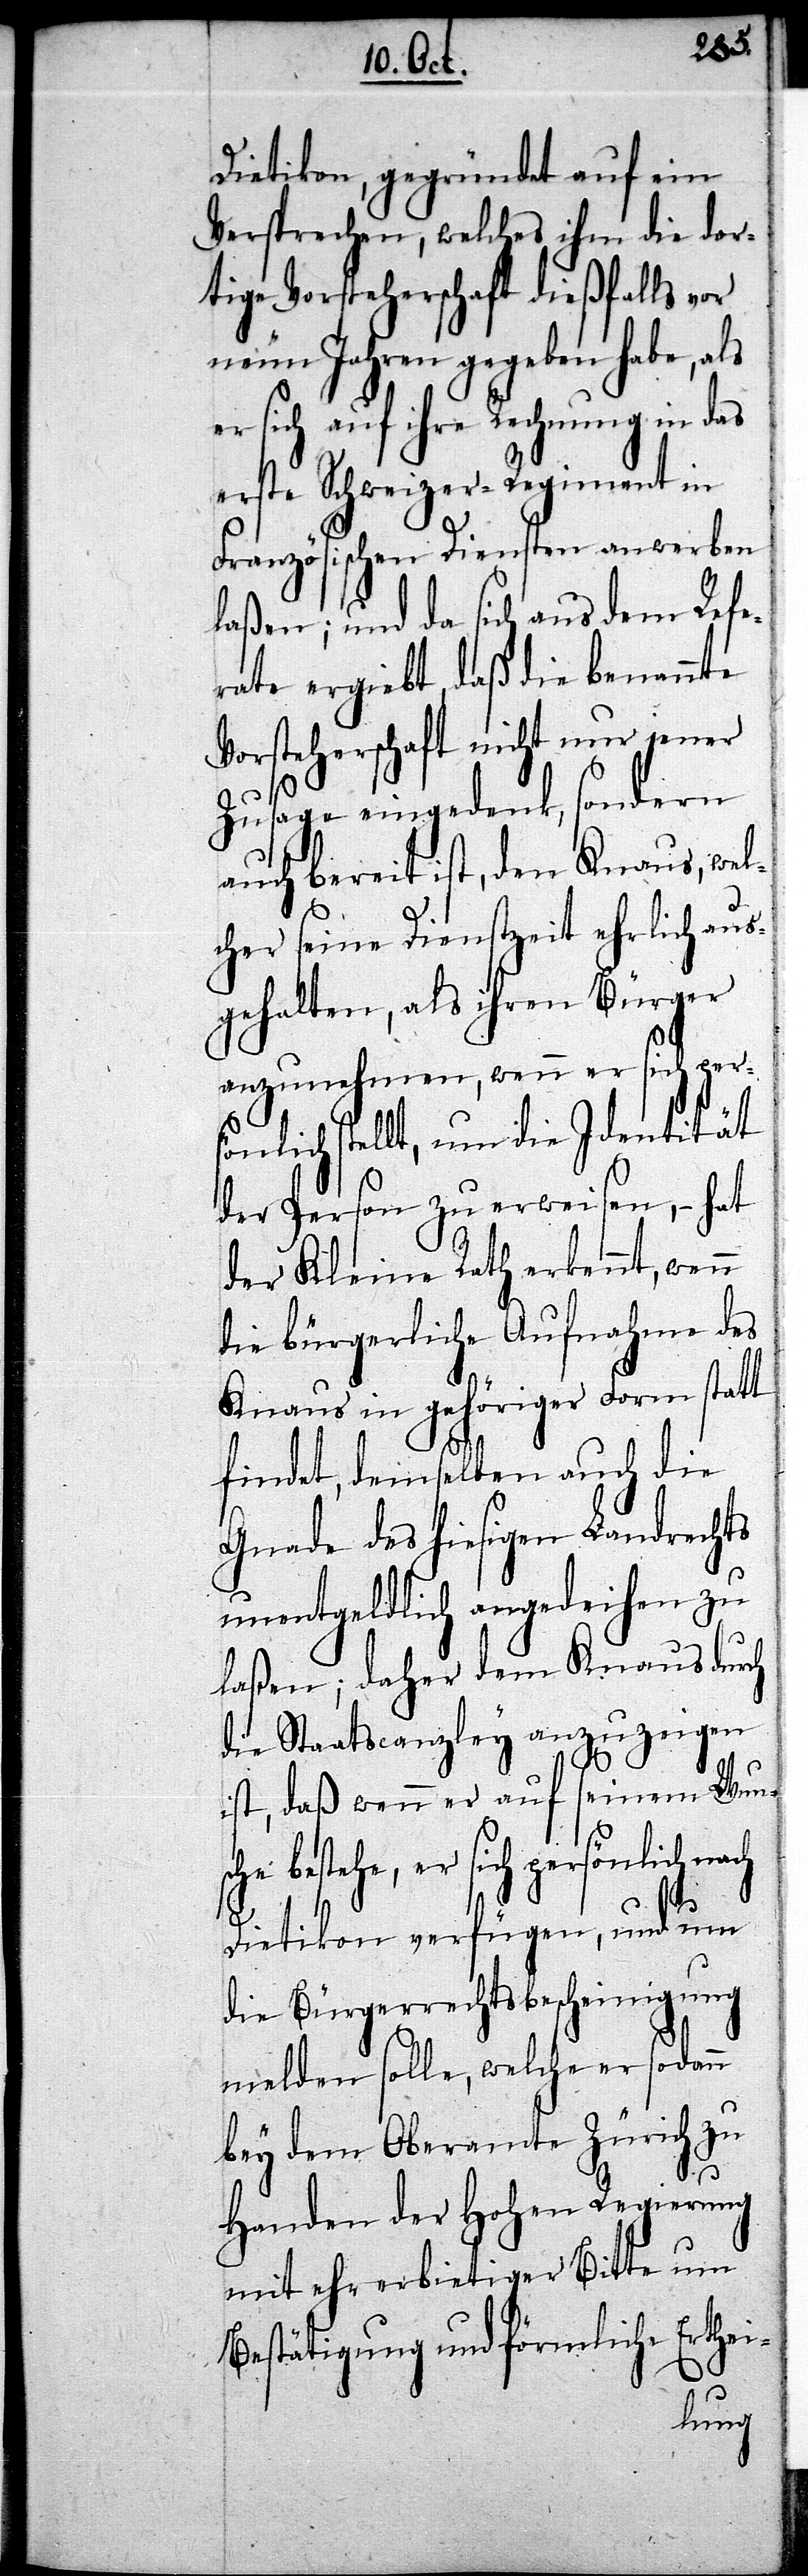
Dietikon, gegründet auf ein
Versprechen, welches ihm die dor¬
tige Vorsteherschaft dießfalls vor
neun Jahren gegeben habe, als
sich auf ihre Rechnung in das
erste Schweizer-Regiment in
Französischen Diensten anwerben
laßen; und da sich aus dem Refe¬
rate ergiebt, daß die benannte
Vorsteherschaft nicht nur jener
Zusage eingedenk, sondern
auch bereit ist, den Knaus, wel¬
cher seine Dienstzeit ehrlich aus¬
gehalten, als ihren Bürger
anzunehmen, wenn er sich pers¬
önlich stellt, um die Identität
der Person zu erweisen, – hat
der Kleine Rath erkennt, wenn
die bürgerliche Aufnahme des
Knaus in gehöriger Form statt
findet, demselben auch die
Gnade des hiesigen Landrechts
unentgeldlich angedeihen zu
laßen; daher dem Knaus durch
die Staatscanzley anzuzeigen
ist, daß wenn er auf seinem Wunsc¬
he bestehe, er sich persönlich
Dietikon verfügen, und um
die Bürgerrechtsbescheinigung
melden solle, welche er sodann
bey dem Oberamte Zürich zu
Handen der Hohen Regierung
mit ehrerbietiger Bitte um
Bestätigung und förmliche Erthei-